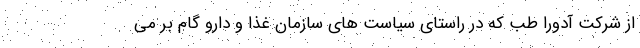
از شرکت آدورا طب که در راستای سیاست های سازمان غذا و دارو گام بر می